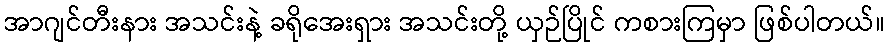
အာဂျင်တီးနား အသင်းနဲ့ ခရိုအေးရှား အသင်းတို့ ယှဉ်ပြိုင် ကစားကြမှာ ဖြစ်ပါတယ်။